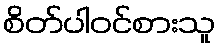
စိတ်ပါဝင်စားသူ